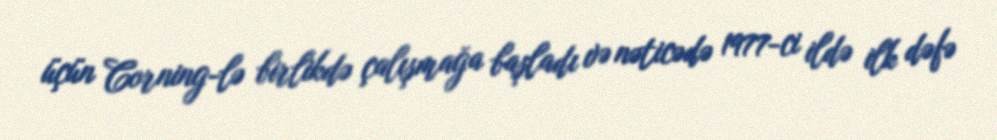
üçün Corning-lə birlikdə çalışmağa başladı və nəticədə 1977-ci ildə ilk dəfə